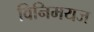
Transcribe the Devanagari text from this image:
विनिमयज